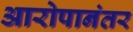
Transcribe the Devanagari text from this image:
आरोपानंतर